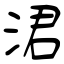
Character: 涒